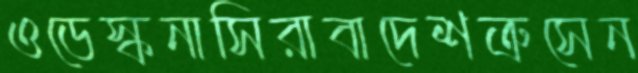
ওডেস্কনাসিরাবাদেশত্রুসেন